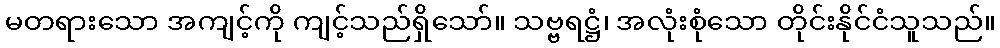
မတရားသော အကျင့်ကို ကျင့်သည်ရှိသော်။ သဗ္ဗရဋ္ဌံ၊ အလုံးစုံသော တိုင်းနိုင်ငံသူသည်။